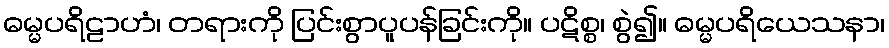
ဓမ္မပရိဠာဟံ၊ တရားကို ပြင်းစွာပူပန်ခြင်းကို။ ပဋိစ္စ၊ စွဲ၍။ ဓမ္မပရိယေသနာ၊